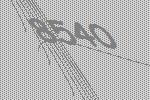
8540